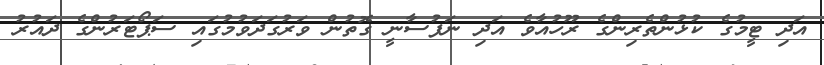
އަދި ޓީމުގެ ކުޅުންތެރިންގެ ރޫހުއާވެ އަދި ނަފުސާނީ ގޮތުން ވަރުގަދަވުމުގައި ސަޕޯޓަރުންގެ ދައުރު